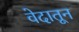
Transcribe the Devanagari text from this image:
वेदातून